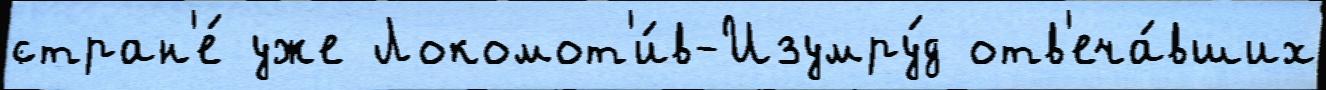
стран'е́ уже Локомот'и́в-Изумру́д отв'еча́вших